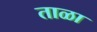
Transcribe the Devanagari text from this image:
ताळा